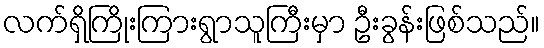
လက်ရှိကြိုးကြားရွာသူကြီးမှာ ဦးခွန်းဖြစ်သည်။